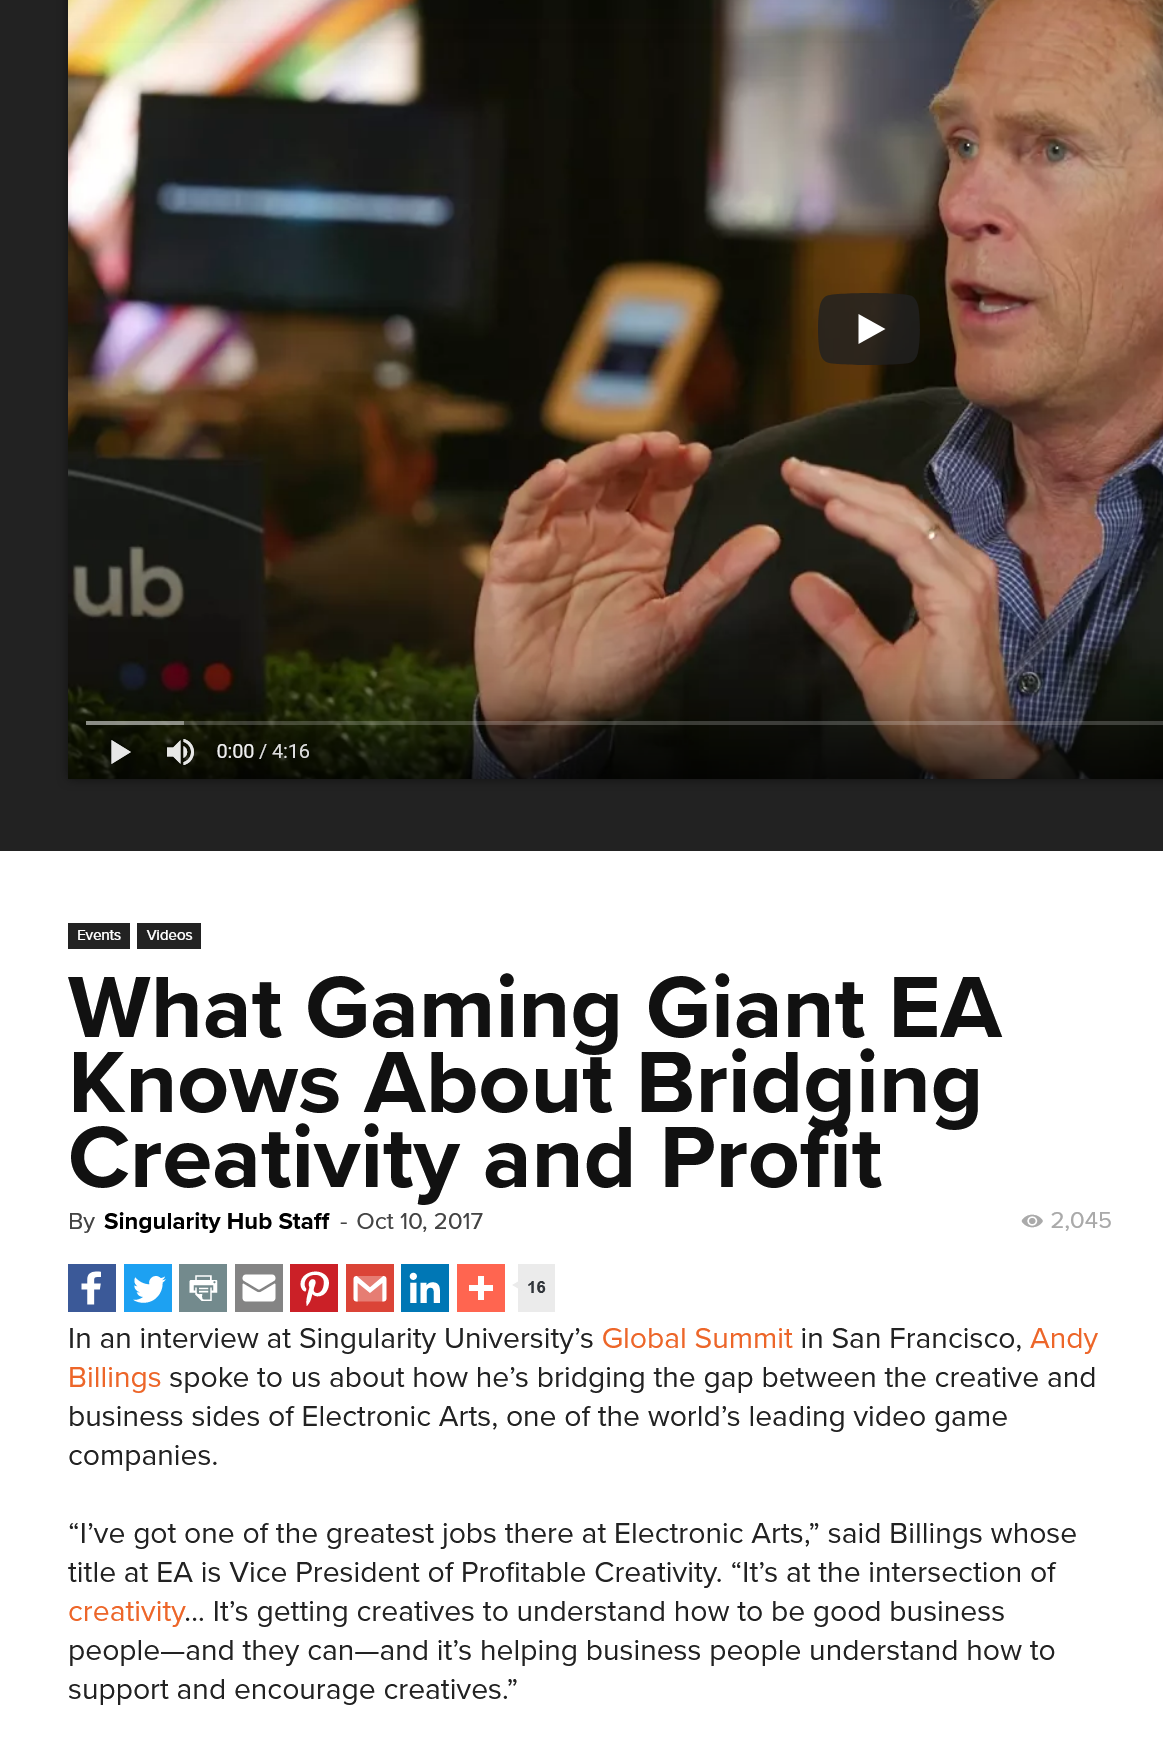
>    Py ryan
     Ne
     fivisis|
     What    Gaming    Giant    EA
     Knows    About    Bridging
     Creativity    and    Profit
     By Singularity Hub Staff
     -
     Oct 10, 2017    © 2,045
     In an interview at Singularity University’s Global Summit in San Francisco, Andy
     Billings spoke to us about how he’s bridging the gap between the creative and
     business sides of Electronic Arts, one of the world’s leading video game
     companies.
     “I’ve got one of the greatest jobs there at Electronic Arts,” said Billings whose
     title at EA is Vice President of Profitable Creativity. “It’s at the intersection of
     creativity... It’s getting creatives to understand how to be good business
     people—and  they can—and it’s helping business people understand how to
     support and encourage creatives.”